Malarial fevers
Disease focus: Malaria
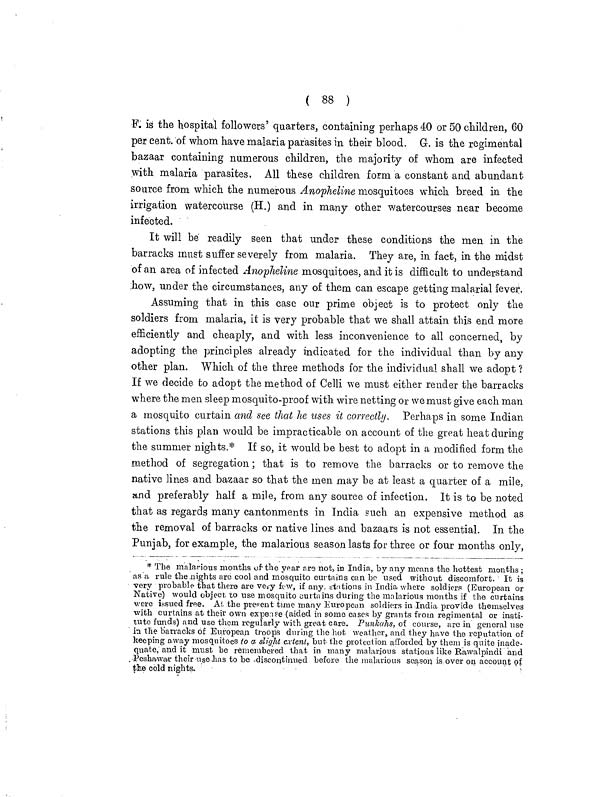
( 88 )
F. is the hospital followers' quarters, containing perhaps 40 or 50 children, 60
per cent. of whom have malaria parasites in their blood. G. is the regimental
bazaar containing numerous children, the majority of whom are infected
with malaria parasites. All these children form a constant and abundant
source from which the numerous Anopheline mosquitoes which breed in the
irrigation watercourse (H.) and in many other watercourses near become
infected.
It will be readily seen that under these conditions the men in the
barracks must suffer severely from malaria. They are, in fact, in the midst
of an area of infected Anopheline mosquitoes, and it is difficult to understand
how, under the circumstances, any of them can escape getting malarial fever.
Assuming that in this case our prime object is to protect only the
soldiers from malaria, it is very probable that we shall attain this end more
efficiently and cheaply, and with less inconvenience to all concerned, by
adopting the principles already indicated for the individual than by any
other plan. Which of the three methods for the individual shall we adopt ?
If we decide to adopt the method of Celli we must either render the barracks
where the men sleep mosquito-proof with wire netting or we must give each man
a mosquito curtain and see that he uses it correctly. Perhaps in some Indian
stations this plan would be impracticable on account of the great heat during
the summer nights.* If so, it would be best to adopt in a modified form the
method of segregation; that is to remove the barracks or to remove the
native lines and bazaar so that the men may be at least a quarter of a mile,
and preferably half a mile, from any source of infection. It is to be noted
that as regards many cantonments in India such an expensive method as
the removal of barracks or native lines and bazaars is not essential. In the
Punjab, for example, the malarious season lasts for three or four months only,
* The malarious months of the year are not, in India, by any means the hottest months ;
as a rule the nights are cool and mosquito curtains can bo used without discomfort. It is
very probable that there are very few, if any, stations in India where soldiers (European or
Native) would object, to use mosquito curtains during the malarious months if the curtains
were issued free. At the present time many European soldiers in India provide themselves
with curtains at their own expense (aided in some cases by grants from regimental or insti-
tute funds) and use them regularly with great care. Punkahs, of course, are in general use
in the barracks of European troops during the hot weather, and they have the reputation of
keeping away mosquitoes to a slight extent, but the protection afforded by them is quite inade-
quate, and it must be remembered that in many malarious stations like Rawalpindi and
Peshawar their use has to be discontinued before the malarious season is over on account of
the cold nights.